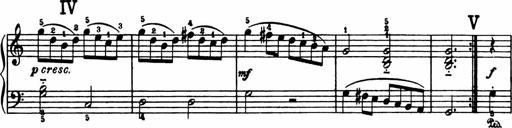
Title: Analytical Sonatinas
Composer: Frank Lynes